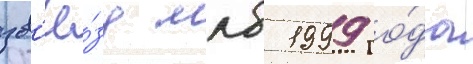
зв'ё́зд млб 1999 го́да